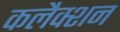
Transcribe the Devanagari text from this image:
कलैक्शन